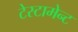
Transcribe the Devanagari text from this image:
टेस्टामेन्ट